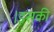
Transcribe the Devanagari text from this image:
।इसकी